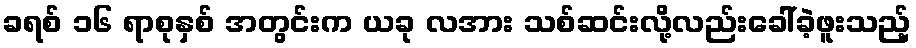
ခရစ် ၁၆ ရာစုနှစ် အတွင်းက ယခု လအား သစ်ဆင်းလို့လည်းခေါ်ခဲ့ဖူးသည့်